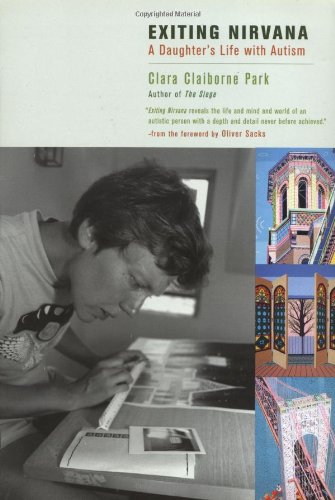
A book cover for Exiting Nirvana: A Daughter's Life with Autism; Clara Claiborne Park; Health, Fitness & Dieting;